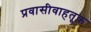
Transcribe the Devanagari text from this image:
प्रवासीवाहतूक